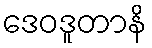
ဒေဝဒူတာနိ